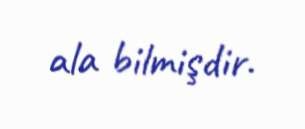
ala bilmişdir.